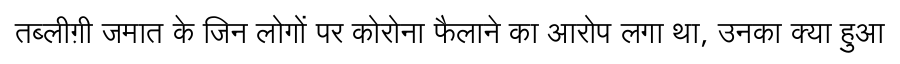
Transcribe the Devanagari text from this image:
तब्लीग़ी जमात के जिन लोगों पर कोरोना फैलाने का आरोप लगा था, उनका क्या हुआ